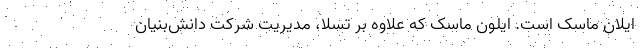
ایلان ماسک است. ایلون ماسک که علاوه بر تسلا، مدیریت شرکت دانش‌بنیان